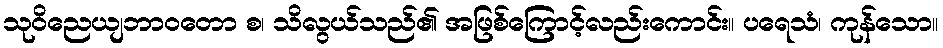
သုဝိညေယျဘာဝတော စ၊ သိလွယ်သည်၏ အဖြစ်ကြောင့်လည်းကောင်း။ ပရေသံ၊ ကုန်သော။